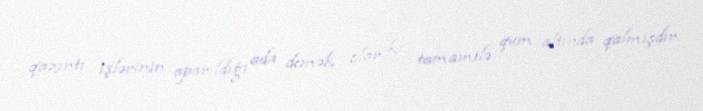
qazıntı işlərinin aparıldığı ada demək olar ki, tamamilə qum altında qalmışdır.